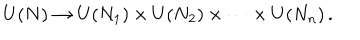
U ( N ) \to U ( N _ { 1 } ) \times U ( N _ { 2 } ) \times \cdots \times U ( N _ { n } ) \, .